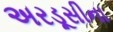
અરડૂસીના